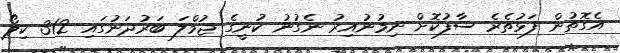
އެގޮތުން ފަޅުތެރެ ސާފުކޮށް ނިމުނުއިރު ނެގުނު ކުނީގެ ޖުމްލަ ބަރުދަނުގައި 312 ކިލޯ